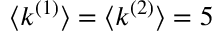
\langle k ^ { ( 1 ) } \rangle = \langle k ^ { ( 2 ) } \rangle = 5